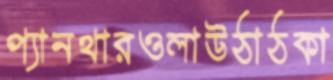
প্যানথারওলাউঠাঠকা